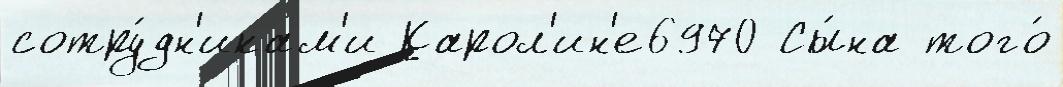
сотру́дн'икам'и Карол'ин'е6970 Сы́на того́